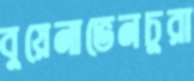
বুয়েনাভেনচুরা